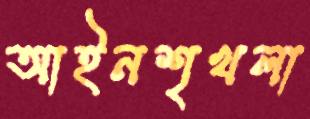
আইনশৃখলা